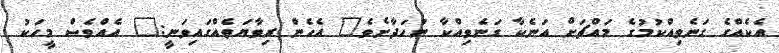
އެކެއްގެ ގަނެވިއްކުމުގެ މައްޗަށް އަނެކާ ގަނެވިއްކާ ނުހަދާށެވެ" އެހެން ރިވާޔަތެއްގައިވަނީ:" އެއްވެސް މީހަކު